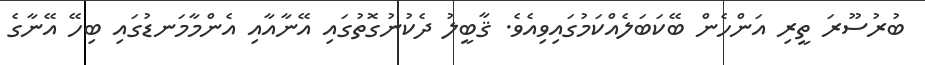
ބުރުސޫރަ ތީރި އަންހެން ބޭކަބަލެއްކަމުގައިވިއެވެ. ޤާބީލު ދެކުނުގޮތުގައި އޭނާއާއި އެންމާމަނޑުގައި ބިހޭ އޭނާގެ